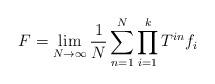
LaTeX: \begin{align*}F= \lim_{N \to \infty} \frac{1}{N} \sum_{n=1}^N\prod_{i=1}^k T^{in}f_i\end{align*}